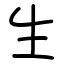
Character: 生